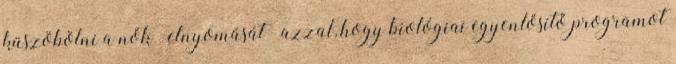
küszöbölni a nők „elnyomását” azzal, hogy biológiai egyenlősítő programot